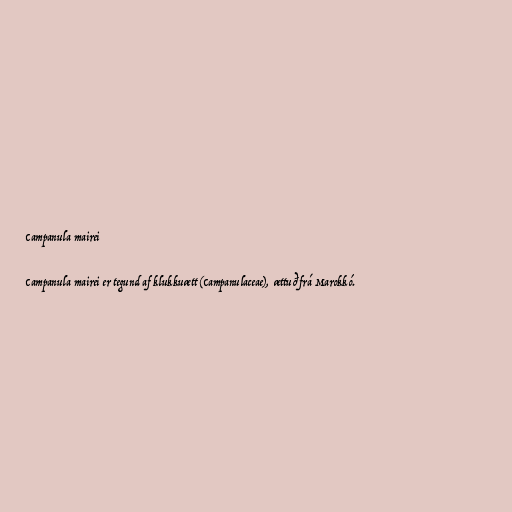
Campanula mairei

Campanula mairei er tegund af klukkuætt (Campanulaceae), ættuð frá Marokkó.